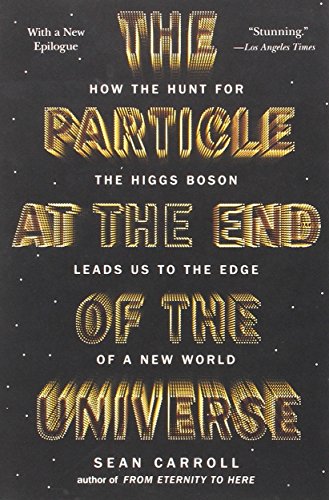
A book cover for The Particle at the End of the Universe: How the Hunt for the Higgs Boson Leads Us to the Edge of a New World; Sean Carroll; Science & Math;